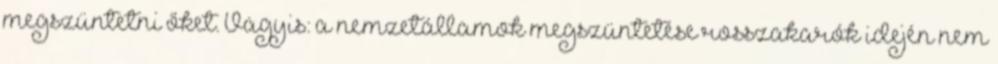
megszüntetni őket. Vagyis: a nemzetállamok megszüntetése rosszakarók idején nem